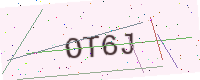
Text: OT6J